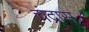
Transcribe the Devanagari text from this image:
चंद्रास